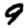
Digit: 9